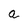
Character: a